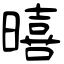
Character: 暿